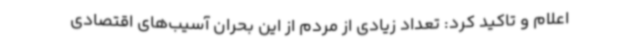
اعلام و تاکید کرد: تعداد زیادی از مردم از این بحران آسیب‌های اقتصادی